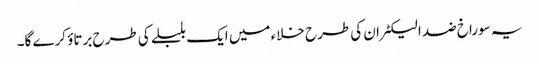
یہ سوراخ ضد الیکٹران کی طرح خلاء میں ایک بلبلے کی طرح برتاؤ کرے گا۔